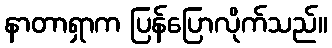
နာတာရှာက ပြန်ပြောလိုက်သည်။